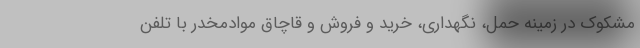
مشکوک در زمینه حمل، نگهداری، خرید و فروش و قاچاق موادمخدر با تلفن